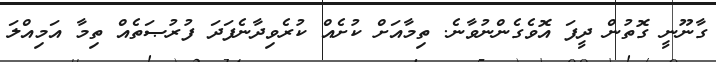
ގާނޫނީ ގޮތުން ދީފަ އޮވެގެންނުވާނެ. ތިމާއަށް ކުށެއް ކުރެވިދާނެފަދަ ފުރުޞަތެއް ތިމާ އަމިއްލަ